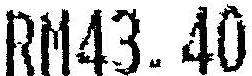
RM43.40